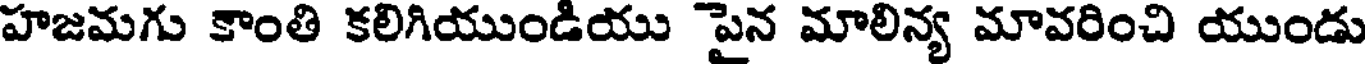
హజమగు కాంతి కలిగియుండియు పైన మాలిన్య మావరించి యుండు